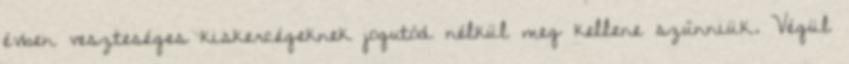
évben veszteséges kiskercégeknek jogutód nélkül meg kellene szűnniük. Végül